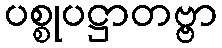
ပစ္စုပဋ္ဌာတဗ္ဗာ